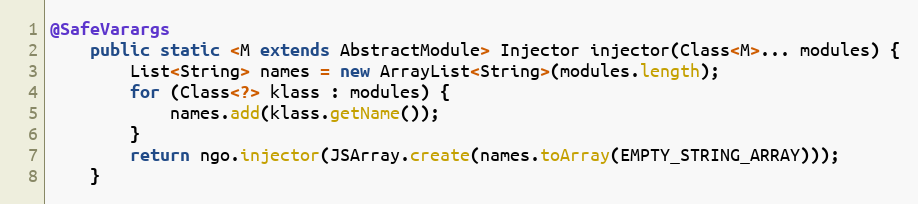
Language: Java
@SafeVarargs
    public static <M extends AbstractModule> Injector injector(Class<M>... modules) {
        List<String> names = new ArrayList<String>(modules.length);
        for (Class<?> klass : modules) {
            names.add(klass.getName());
        }
        return ngo.injector(JSArray.create(names.toArray(EMPTY_STRING_ARRAY)));
    }